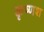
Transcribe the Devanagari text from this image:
कृष्णश